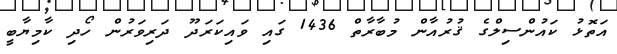
އަތޮޅު ކައުންސިލްގެ ޤުރުއާން މުބާރާތް 1436 ގައި ވައިކަރަދޫ ދަރިވަރުން ހޯދި ކާމިޔާބީ